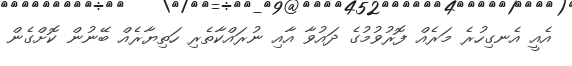
އެއީ އެނގިހުރެ މަރެއް ފޮރުވުމުގެ ދައުވާ އާއި ނުރައްކާތެރި ހަތިޔާރެއް ބޭނުން ކޮށްގެން